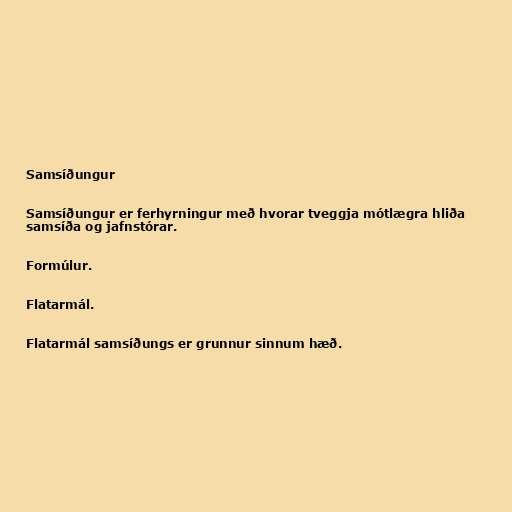
Samsíðungur

Samsíðungur er ferhyrningur með hvorar tveggja mótlægra hliða
samsíða og jafnstórar.

Formúlur.

Flatarmál.

Flatarmál samsíðungs er grunnur sinnum hæð.